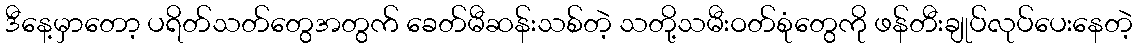
ဒီနေ့မှာတော့ ပရိတ်သတ်တွေအတွက် ခေတ်မီဆန်းသစ်တဲ့ သတို့သမီးဝတ်စုံတွေကို ဖန်တီးချုပ်လုပ်ပေးနေတဲ့